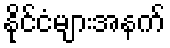
နိုင်ငံများအနက်